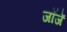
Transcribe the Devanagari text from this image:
जॉजॅ